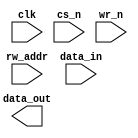
////////////////////////////////////////////////////////////////////////////////
//
//       This confidential and proprietary software may be used only
//     as authorized by a licensing agreement from Synopsys Inc.
//     In the event of publication, the following notice is applicable:
//
//                    (C) COPYRIGHT 1999 - 2016 SYNOPSYS INC.
//                           ALL RIGHTS RESERVED
//
//       The entire notice above must be reproduced on all authorized
//     copies.
//
//
// VERSION:   Simulation Architecture
//
// DesignWare_version: 2e8d863a
// DesignWare_release: K-2015.06-DWBB_201506.5.2
//
////////////////////////////////////////////////////////////////////////////////
  //----------------------------------------------------------------------
  // ABSTRACT:  Single-Port Synch Write, Asynch Read RAM (latch based)
  //            legal range:  depth        [ 2 to 256 ]
  //            legal range:  data_width   [ 1 to 256 ]
  //            Input data: data_in[data_width-1:0]
  //            Output data : data_out[data_width-1:0]
  //            Read-write Address: rw_addr[addr_width-1:0]
  //            Write enable (active low): wr_n
  //            Chip select (active low): cs_n
  //            Clock:clk
  //
  //	MODIFIED:
  //	09/24/1999 Jay Zhu - Rewrote for STAR91151
//              10/18/00  RPH       Rewrote accoding to new guidelines 
//                                  STAR 111067 
  //----------------------------------------------------------------------

  module DW_ram_rw_s_lat (clk, cs_n, wr_n, rw_addr, data_in, data_out);

   parameter data_width = 4;
   parameter depth = 8;

`define DW_addr_width ((depth>16)?((depth>64)?((depth>128)?8:7):((depth>32)?6:5)):((depth>4)?((depth>8)?4:3):((depth>2)?2:1)))

   input [data_width-1:0] data_in;
   input [`DW_addr_width-1:0] rw_addr;
   input 		   wr_n;
   input 		   cs_n;
   input 		   clk;

   output [data_width-1:0] data_out;

// synopsys translate_off

   wire [data_width-1:0]   data_in_int;
   reg [data_width-1:0]    mem [depth-1:0];
   integer 		   i;


   function	any_unknown;
      input[`DW_addr_width-1:0] addr;
      integer	bit_idx;
      begin
	 any_unknown = 1'b0;

	 for (bit_idx = `DW_addr_width-1;
	      bit_idx >= 0 && any_unknown==1'b0;
	      bit_idx = bit_idx-1)
	 begin
	    if (addr[bit_idx] !== 1'b0 && addr[bit_idx] !== 1'b1)
	      begin
		 any_unknown = 1'b1;
	      end
	 end
      end
   endfunction

  
 
  initial begin : parameter_check
    integer param_err_flg;

    param_err_flg = 0;
    
	    
  
    if ( (data_width < 1) || (data_width > 256) ) begin
      param_err_flg = 1;
      $display(
	"ERROR: %m :\n  Invalid value (%d) for parameter data_width (legal range: 1 to 256)",
	data_width );
    end
  
    if ( (depth < 2) || (depth > 256 ) ) begin
      param_err_flg = 1;
      $display(
	"ERROR: %m :\n  Invalid value (%d) for parameter depth (legal range: 2 to 256 )",
	depth );
    end


  
    if ( param_err_flg == 1) begin
      $display(
        "%m :\n  Simulation aborted due to invalid parameter value(s)");
      $finish;
    end

  end // parameter_check 


   assign data_out = (rw_addr < depth && cs_n === 1'b0) ? 
		     (any_unknown(rw_addr) ? 
		      {data_width{1'bx}} : mem[rw_addr]) : {data_width{1'b0}};
   
   assign data_in_int = (any_unknown(data_in)) ? {data_width{1'bx}} : data_in;
   
   always @(clk or cs_n or wr_n or rw_addr or data_in_int)
     begin : mk_mem     
	if (clk === 1'b0) begin 
	   if (cs_n === 1'b1) begin
	      // do nothing
	   end
	   else if (cs_n === 1'b0) begin
	      if (wr_n === 1'b0) begin
		 if (any_unknown(rw_addr) == 1'b1) begin
		    for (i = 0; i < depth; i = i + 1) begin
		       mem[i] = {data_width{1'bx}};
		    end 
		 end
		 else begin
		    mem[rw_addr] = data_in_int;
		 end // else: !if(any_unknown(rw_addr) == 1'b1)
	      end // if (wr_n === 1'b0)
	      else if (wr_n === 1'b1) begin
		 // do nothing
	      end
	      else begin
		 if (any_unknown(rw_addr) == 1'b1) begin
		    for (i = 0; i < depth; i = i + 1) begin
		       mem[i] = {data_width{1'bx}};
		    end 
		 end
		 else begin
		    mem[rw_addr] = {data_width{1'bx}};
		 end // else: !if(any_unknown(rw_addr) == 1'b1)
	      end // if (cs_n === 1'b0)
	   end // if (cs_n === 1'b0)
	   else begin
	      if (wr_n === 1'b0) begin
		 if (any_unknown(rw_addr) == 1'b1) begin
		    for (i = 0; i < depth; i = i + 1) begin
		       mem[i] = {data_width{1'bx}};
		    end 
		 end
		 else begin
		    mem[rw_addr] = {data_width{1'bx}};
		 end // else: !if(any_unknown(rw_addr) == 1'b1)
	      end // if (wr_n === 1'b0)
	      else if (wr_n === 1'b1) begin
		 //do nothing
	      end
	      else begin
		 if (any_unknown(rw_addr) == 1'b1) begin
		    for (i = 0; i < depth; i = i + 1) begin
		       mem[i] = {data_width{1'bx}};
		    end 
		 end
		 else begin
		    mem[rw_addr] = {data_width{1'bx}};
		 end // else: !if(any_unknown(rw_addr) == 1'b1)
	      end // else: !if(wr_n === 1'b1)
	   end // if (wr_n === 1'b0)
	end // if (clk === 1'b0)
	else begin
	   // do nothing
	end
     end // block: mk_mem
   
   
  always @ (clk) begin : clk_monitor 
    if ( (clk !== 1'b0) && (clk !== 1'b1) && ($time > 0) )
      $display( "WARNING: %m :\n  at time = %t, detected unknown value, %b, on clk input.",
                $time, clk );
    end // clk_monitor 
// synopsys translate_on
`undef DW_addr_width   
endmodule // DW_ram_rw_s_lat